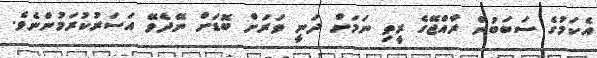
އެކަމުގެ ސަބަބުން ރާއްޖޭގެ ރީތި ނަމަށް ދަނީ ވަރަށް ބޮޑަށް ނޭދެވޭ އަސަރުކުރަމުންނެވެ.